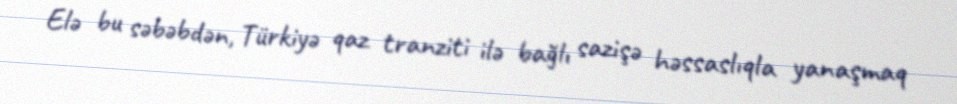
Elə bu səbəbdən, Türkiyə qaz tranziti ilə bağlı sazişə həssaslıqla yanaşmaq